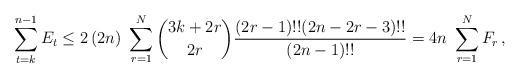
LaTeX: \begin{align*}\sum_{t=k}^{n-1}E_t \le 2\,(2n)\ \sum_{r=1}^{N} {3k+2r \choose 2r}\frac{(2r-1)!!(2n-2r-3)!!}{(2n-1)!!}= 4n\ \sum_{r=1}^{N} F_r\, ,\end{align*}